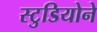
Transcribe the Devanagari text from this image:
स्टुडियोने